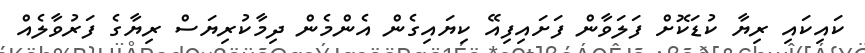
ކައިކައި ރިޔާ ކުޑަކޮށް ފަލަވާން ފަށައިފިއޭ ކިޔައިގެން އެންމެން ދިމާކުރިޔަސް ރިޔާގެ ފަރުވާލެއް